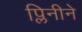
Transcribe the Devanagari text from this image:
प्लिनीने